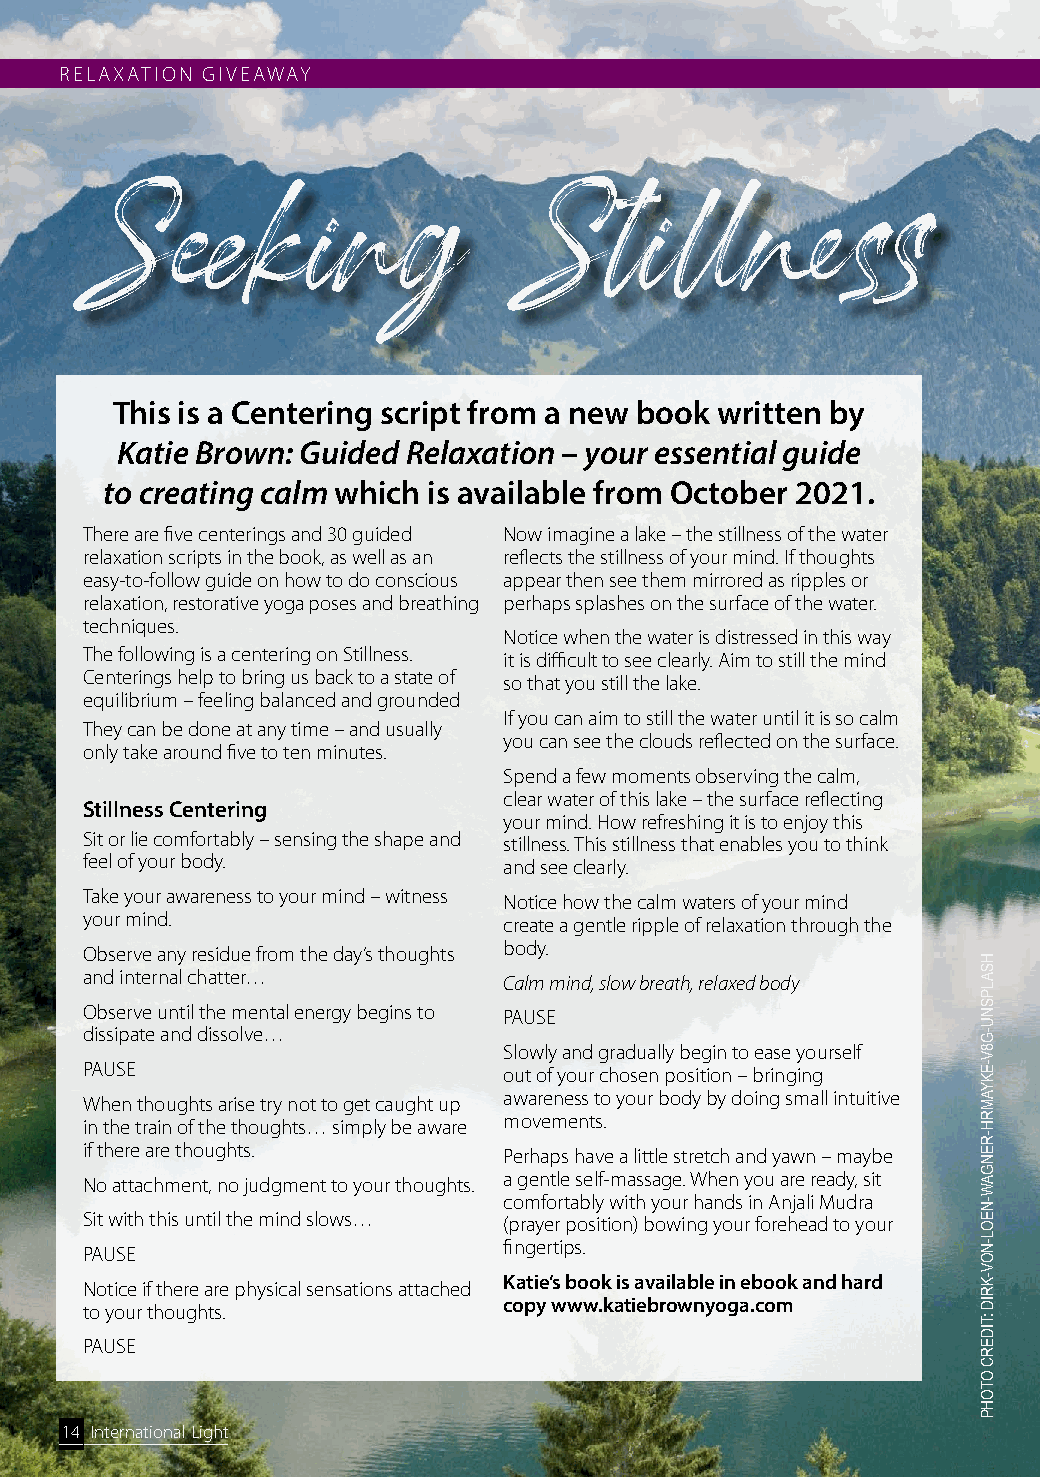
RELAXATION GIVEAWAY
 Seeking                      Stillness
 This is a Centering script from a new book written by
 Katie Brown: Guided Relaxation – your essential guide
 to creating calm which is available from October 2021.
 There are five centerings and 30 guided Now imagine a lake – the stillness of the water
 relaxation scripts in the book, as well as an reflects the stillness of your mind. If thoughts
 easy-to-follow guide on how to do conscious appear then see them mirrored as ripples or
 relaxation, restorative yoga poses and breathing perhaps splashes on the surface of the water.
 techniques.
 Notice when the water is distressed in this way
 The following is a centering on Stillness. it is difficult to see clearly. Aim to still the mind
 Centerings help to bring us back to a state of so that you still the lake.
 equilibrium – feeling balanced and grounded
 If you can aim to still the water until it is so calm
 They can be done at any time – and usually
 you can see the clouds reflected on the surface.
 only take around five to ten minutes.
 Spend a few moments observing the calm,
 clear water of this lake – the surface reflecting
 Stillness Centering
 your mind. How refreshing it is to enjoy this
 Sit or lie comfortably – sensing the shape and stillness. This stillness that enables you to think
 feel of your body.          and see clearly.
 Take your awareness to your mind – witness Notice how the calm waters of your mind
 your mind.                  create a gentle ripple of relaxation through the
 Observe any residue from the day’s thoughts body.
 and internal chatter…       Calm mind, slow breath, relaxed body
 Observe until the mental energy begins to PAUSE
 dissipate and dissolve…
 Slowly and gradually begin to ease yourself
 PAUSE                       out of your chosen position – bringing
 When thoughts arise try not to get caught up awareness to your body by doing small intuitive
 in the train of the thoughts… simply be aware movements.
 if there are thoughts.      Perhaps have a little stretch and yawn – maybe
 No attachment, no judgment to your thoughts. a gentle self-massage. When you are ready, sit
 comfortably with your hands in Anjali Mudra
 Sit with this until the mind slows… (prayer position) bowing your forehead to your
 fingertips.
 PAUSE
 Katie’s book is available in ebook and hard
 Notice if there are physical sensations attached
 copy www.katiebrownyoga.com
 to your thoughts.
 PAUSE
 14 International Light
 HSALPSNU-G8V-EKYAMRH-RENGAW-NEOL-NOV-KRID
 :TIDERC
 OTOHP